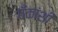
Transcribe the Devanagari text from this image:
बँकांशी